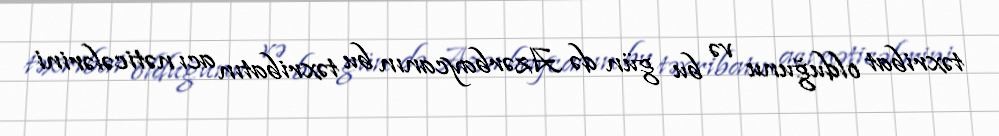
təxribat olduğunu və bu gün də Azərbaycanın bu təxribatın acı nəticələrini